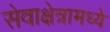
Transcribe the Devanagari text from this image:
सेवाक्षेत्रामध्ये